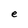
Character: e